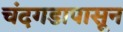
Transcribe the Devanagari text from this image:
चंदगडापासून